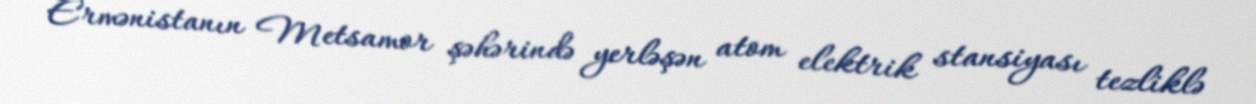
Ermənistanın Metsamor şəhərində yerləşən atom elektrik stansiyası tezliklə